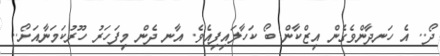
ދޯ.. އެ ހަނދާންވެގެން އިޒްކާން ބޯ ކަހާލައިފިއެވެ. އާނ ދެން މިފަހަރު ހޫރުކަމަނާއަށޯ..